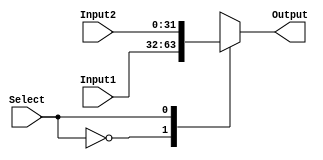
module Mux #(parameter N = 32)
  (Input1, 
   Input2,
   Select,
   Output);
  
  input [N - 1:0]         Input1;
  input [N - 1:0]         Input2;
  input                   Select; 
  output reg [N - 1:0]    Output;

    always @(*) begin
      case(Select)
            0: Output = Input1;
            1: Output = Input2;
        endcase
    end
endmodule